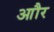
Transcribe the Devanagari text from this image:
आौर